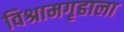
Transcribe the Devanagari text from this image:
विश्रामगृहाला